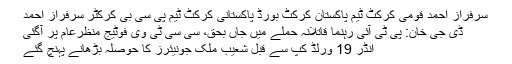
سرفراز احمد قومی کرکٹ ٹیم پاکستان کرکٹ بورڈ پاکستانی کرکٹ ٹیم پی سی بی کرکٹر سرفراز احمد
ڈی جی خان: پی ٹی آئی رہنما قاتلانہ حملے میں جاں بحق، سی سی ٹی وی فوٹیج منظرعام پر آگئی
انڈر 19 ورلڈ کپ سے قبل شعیب ملک جونیئرز کا حوصلہ بڑھانے پہنچ گئے